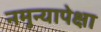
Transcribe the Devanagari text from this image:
नमुन्यापेक्षा